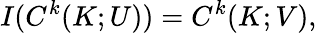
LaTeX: I(C^{k}(K;U))=C^{k}(K;V),